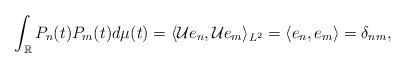
LaTeX: \begin{align*}\int_\mathbb{R}P_n(t)P_m(t)d\mu(t)=\langle {\cal{U}}e_n,{\cal{U}}e_m\rangle_{L^2}=\langle e_n,e_m\rangle=\delta_{nm},\end{align*}